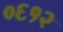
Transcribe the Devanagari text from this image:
०६१२